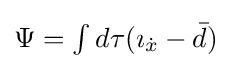
{\textstyle \Psi =\int d\tau (\imath _{\dot {x}}-{\bar {d}})}